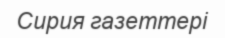
Сирия газеттері